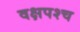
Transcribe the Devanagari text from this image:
वक्षपश्च